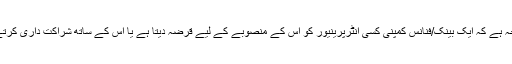
کیا وجہ ہے کہ ایک بینک/فنانس کمپنی کسی انٹرپرینیور کو اس کے منصوبے کے لیے قرضہ دیتا ہے یا اس کے ساتھ شراکت داری کرتے ہیں۔